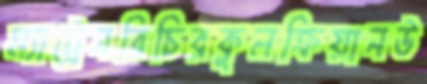
ম্যাট্রেসরিচিরকুলক্রিয়ানউ